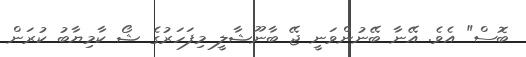
ބޮސް" އެވެ. އޭނާ ބޭނުންވަނީ ޖޭ ބާނޫޝާލީ މިފަހަރުގެ ޝޯ ކާމިޔާބު ކުރަން